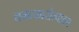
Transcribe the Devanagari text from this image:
चमत्कारोत्पादन